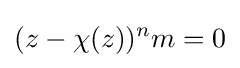
(z-\chi (z))^{n}m=0